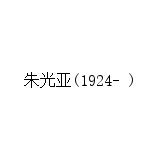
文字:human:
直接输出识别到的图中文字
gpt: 朱光亚(1924- )